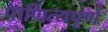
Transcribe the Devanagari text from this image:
पाणित्यपूर्ण